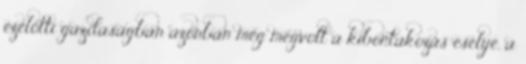
ezelőtti gazdaságban azonban még megvolt a kibontakozás esélye, a